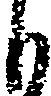
も